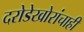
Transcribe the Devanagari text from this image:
दरोडेखोरांचाही